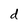
Character: d